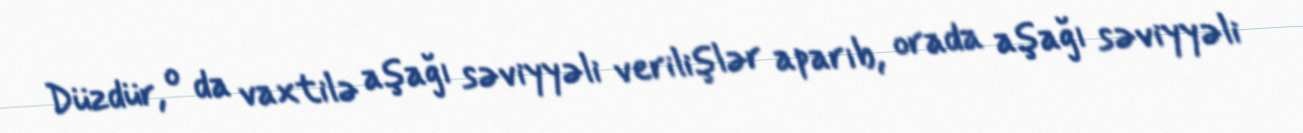
Düzdür, o da vaxtilə aşağı səviyyəli verilişlər aparıb, orada aşağı səviyyəli